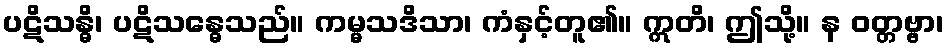
ပဋိသန္ဓိ၊ ပဋိသန္ဓေသည်။ ကမ္မသဒိသာ၊ ကံနှင့်တူ၏။ ဣတိ၊ ဤသို့။ န ဝတ္တဗ္ဗာ၊